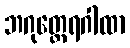
ဘဂုတ္ထေရဂါထာ